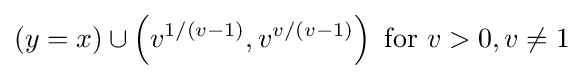
(y=x)\cup \left(v^{1/(v-1)},v^{v/(v-1)}\right){\text{ for }}v>0,v\neq 1